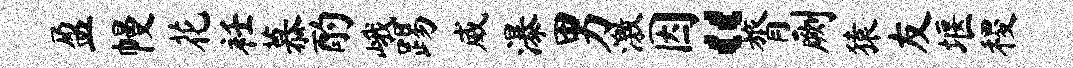
盈幔花衽慕酌峨踢威瀑男激因“膂劂猿友堰稷